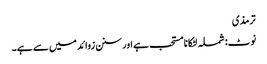
ترمذی
نوٹ: شملہ لٹکانا مستحب ہے اور سنن زوائد میں سے ہے۔